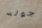
جوله